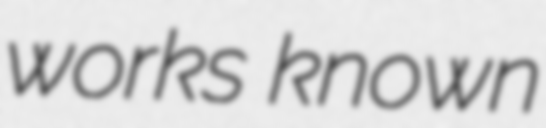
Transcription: works known